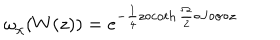
{ \omega } _ { \chi } ( W ( z ) ) = { e } ^ { - { \frac 1 4 } z \circ \coth { { \frac \Omega 2 } } \circ J \circ \sigma \circ z }